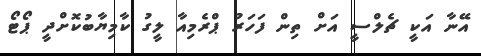
އޭނާ އަކީ ޗެލްސީ އަށް ތިން ފަހަރު ޕްރެމިއާ ލީގު ކާމިޔާބުކޮށްދީ ޕޯޓޯ